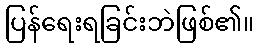
ပြန်ရေးရခြင်းဘဲဖြစ်၏။